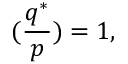
( { \frac { q ^ { * } } { p } } ) = 1 ,